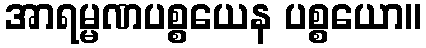
အာရမ္မဏပစ္စယေန ပစ္စယော။